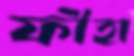
ফীহা